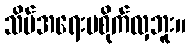
သိပ်အရေးမစိုက်လှဘူး။